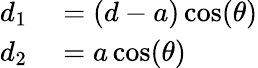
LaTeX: \begin{array}{rl}{d_{1}}&{{}=(d-a)\cos(\theta)}\\ {d_{2}}&{{}=a\cos(\theta)}\end{array}